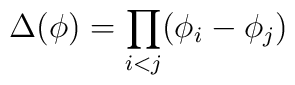
\Delta(\phi) = \prod_{i<j} (\phi_i-\phi_j)